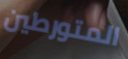
المتورطين